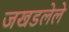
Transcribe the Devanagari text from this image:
जखडलेले